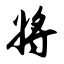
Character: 将